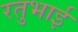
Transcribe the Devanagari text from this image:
रतुभाई